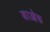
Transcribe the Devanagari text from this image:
काओरू